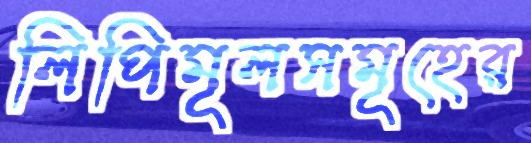
লিপিমূলসমূহের